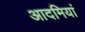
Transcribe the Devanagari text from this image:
आदमियां